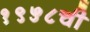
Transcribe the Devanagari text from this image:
१९५८ची